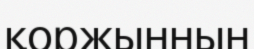
қоржыннын